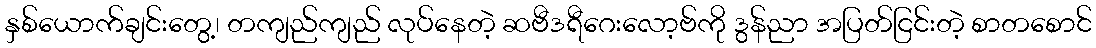
နှစ်ယောက်ချင်းတွေ့၊ တကျည်ကျည် လုပ်နေတဲ့ ဆဗီဒရီဂေးလော့ဗ်ကို ဒွန်ညာ အပြတ်ငြင်းတဲ့ စာတစောင်